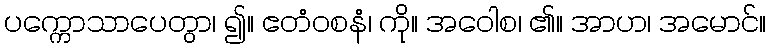
ပက္ကောသာပေတွာ၊ ၍။ ဧတံဝစနံ၊ ကို။ အဝေါစ၊ ၏။ အာဟ၊ အမောင်။